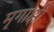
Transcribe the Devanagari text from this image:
मृगाक्षी